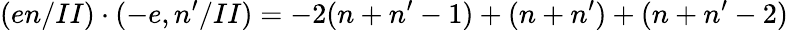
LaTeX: (en/II)\cdot(-e,n^{\prime}/II)=-2(n+n^{\prime}-1)+(n+n^{\prime})+(n+n^{\prime}-2)